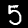
Label: 5